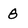
Character: 8